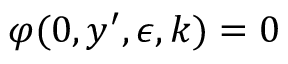
\varphi ( 0 , y ^ { \prime } , \epsilon , k ) = 0